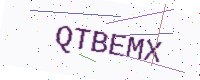
Text: QTBEMX